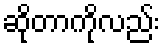
ဆိုတာကိုလည်း